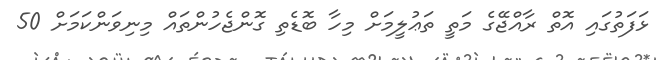
ޅަފަތުގައި އޮތް ރާއްޖޭގެ މަތީ ތަޢުލީމަށް މިހާ ބޮޑެތި ގޮންޖެހުންތައް މިނިވަންކަމަށް 50